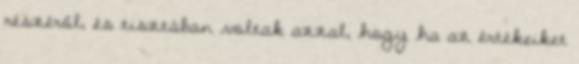
részéről, és tisztában voltak azzal, hogy ha az értékeiket